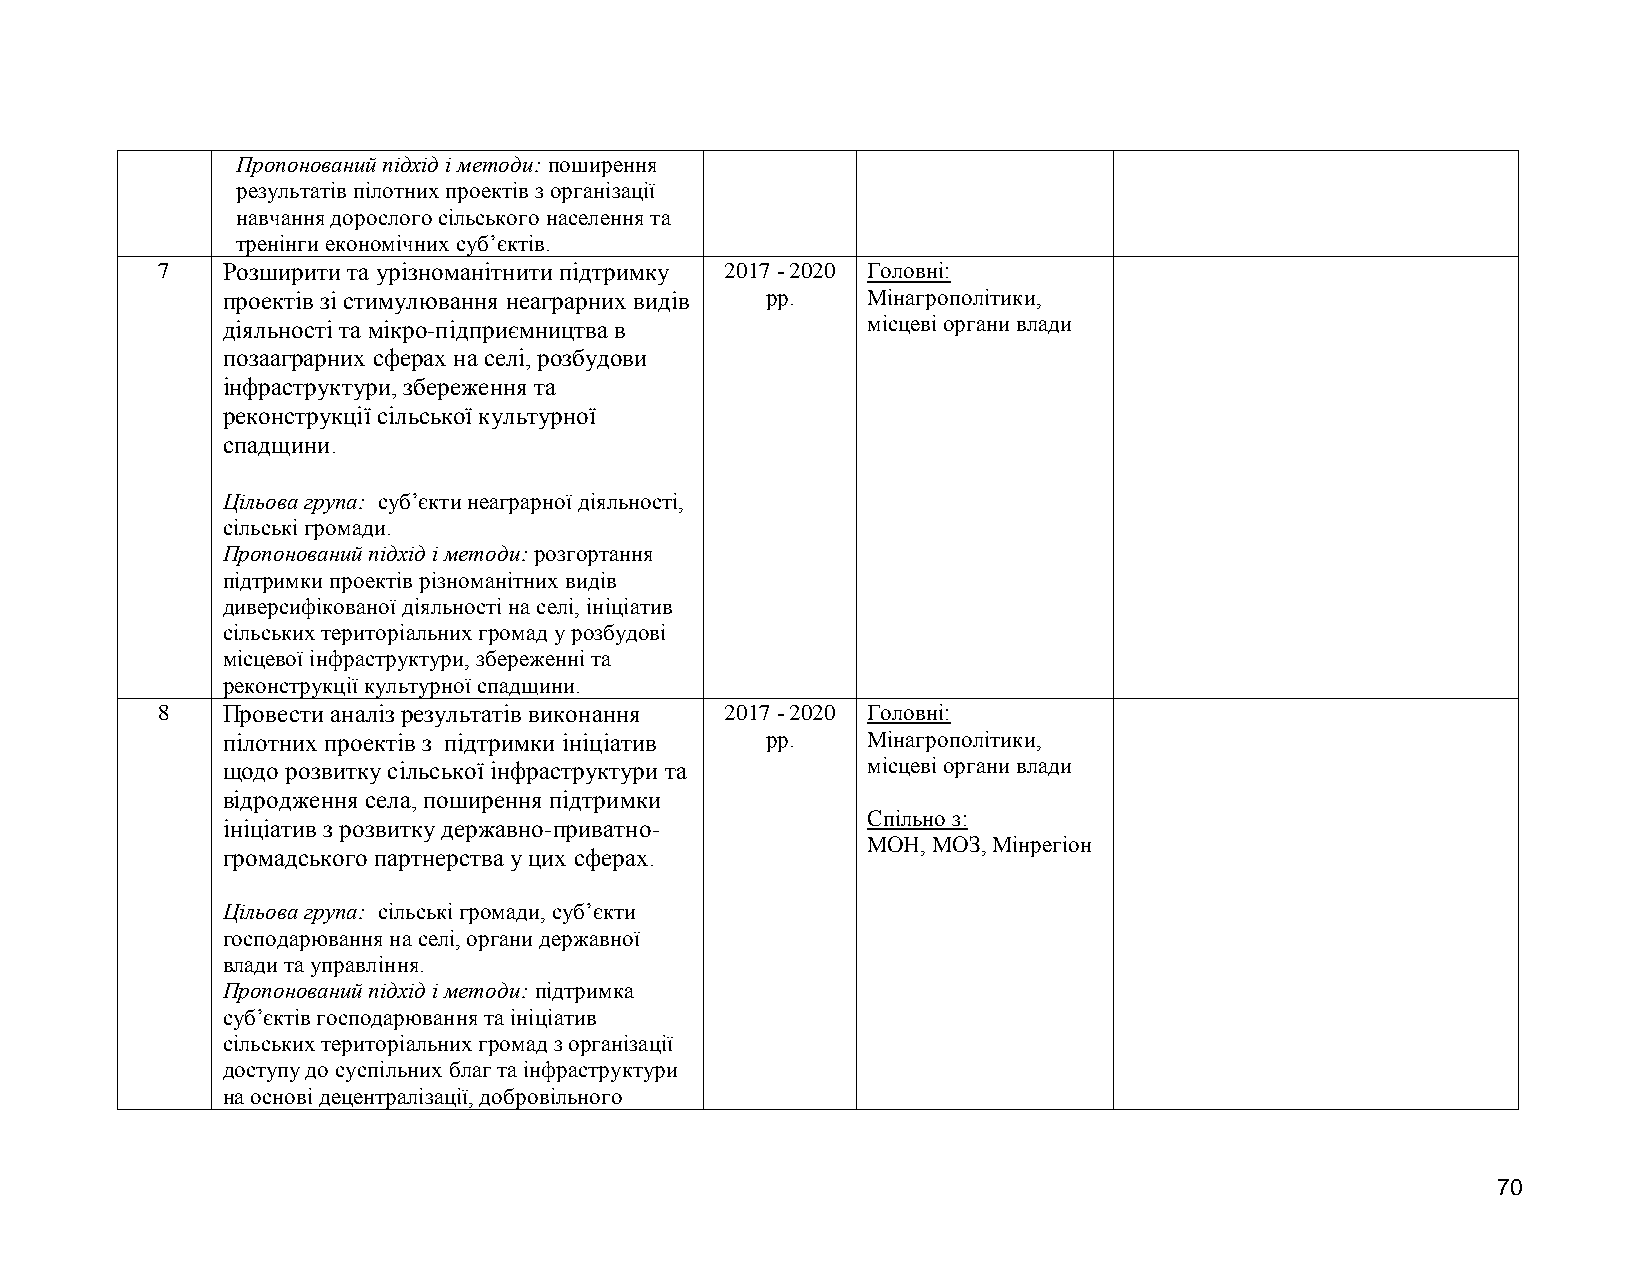
Пропонований підхід і методи: поширення
 результатів пілотних проектів з організації
 навчання дорослого сільського населення та
 тренінги економічних суб’єктів.
 7    Розширити та урізноманітнити підтримку 2017 - 2020 Головні:
 проектів зі стимулювання неаграрних видів рр. Мінагрополітики,
 діяльності та мікро-підприємництва в      місцеві органи влади
 позааграрних сферах на селі, розбудови
 інфраструктури, збереження та
 реконструкції сільської культурної
 спадщини.
 Цільова група: суб’єкти неаграрної діяльності,
 сільські громади.
 Пропонований підхід і методи: розгортання
 підтримки проектів різноманітних видів
 диверсифікованої діяльності на селі, ініціатив
 сільських територіальних громад у розбудові
 місцевої інфраструктури, збереженні та
 реконструкції культурної спадщини.
 8    Провести аналіз результатів виконання 2017 - 2020 Головні:
 пілотних проектів з підтримки ініціатив рр. Мінагрополітики,
 щодо розвитку сільської інфраструктури та місцеві органи влади
 відродження села, поширення підтримки
 Спільно з:
 ініціатив з розвитку державно-приватно-
 МОН, МОЗ, Мінрегіон
 громадського партнерства у цих сферах.
 Цільова група: сільські громади, суб’єкти
 господарювання на селі, органи державної
 влади та управління.
 Пропонований підхід і методи: підтримка
 суб’єктів господарювання та ініціатив
 сільських територіальних громад з організації
 доступу до суспільних благ та інфраструктури
 на основі децентралізації, добровільного
 70